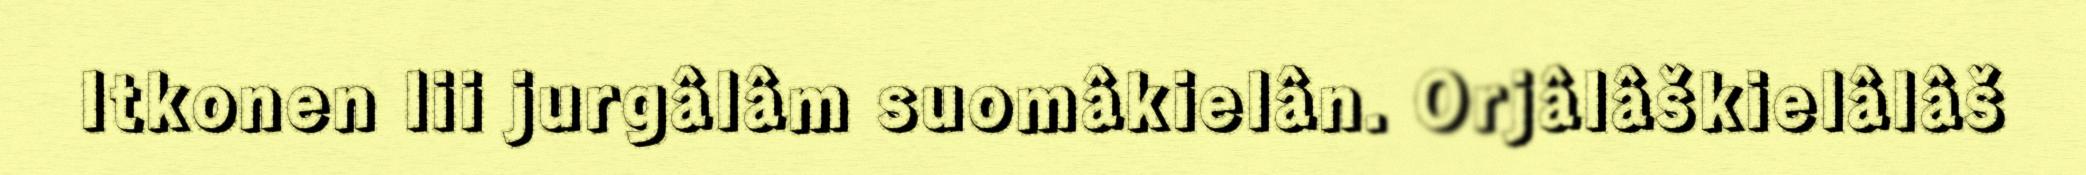
Itkonen lii jurgâlâm suomâkielân. Orjâlâškielâlâš